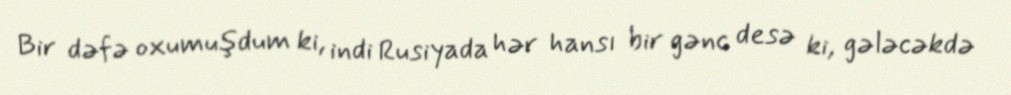
Bir dəfə oxumuşdum ki, indi Rusiyada hər hansı bir gənc desə ki, gələcəkdə